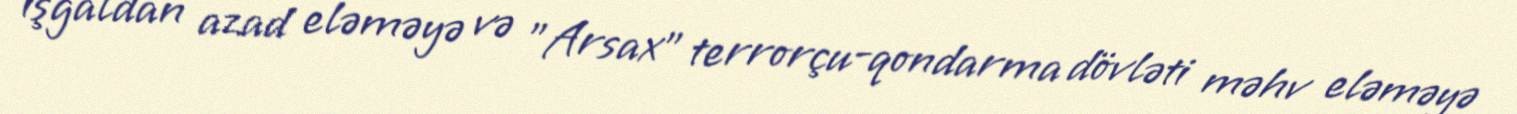
işğaldan azad eləməyə və ”Arsax" terrorçu-qondarma dövləti məhv eləməyə